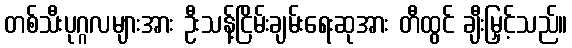
တစ်သီးပုဂ္ဂလများအား ဦးသန့်ငြိမ်းချမ်းရေးဆုအား တီထွင် ချီးမြှင့်သည်။